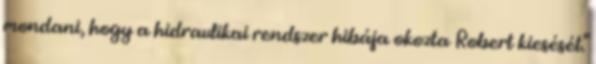
mondani, hogy a hidraulikai rendszer hibája okozta Robert kiesését."